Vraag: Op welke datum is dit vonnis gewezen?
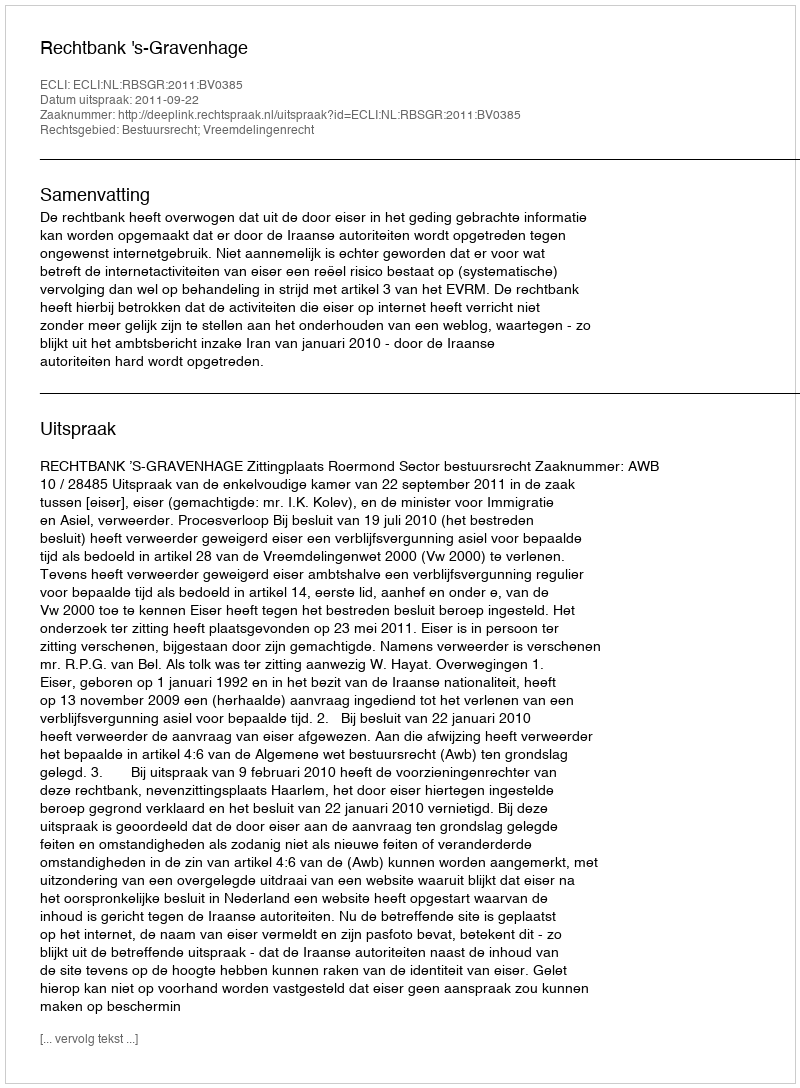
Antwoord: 2011-09-22